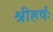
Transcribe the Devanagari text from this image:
श्रीहर्षः